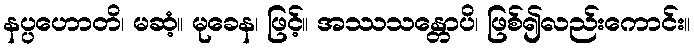
နပ္ပဟောတိ၊ မဆံ့။ မုခေန၊ ဖြင့်။ အဿသန္တောပိ၊ ဖြစ်၍လည်းကောင်း။